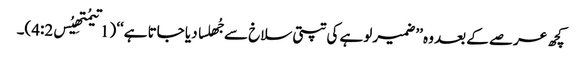
کچھ عرصے کے بعد وہ ’’ضمیر لوہے کی تپتی سلاخ سے جُھلسا دیا جاتا ہے‘‘ (1تیمُتھِیُس4:2)۔